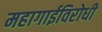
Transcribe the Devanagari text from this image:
महागाईविरोधी